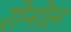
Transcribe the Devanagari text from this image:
रोनोल